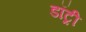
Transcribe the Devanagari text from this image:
डॉट्री